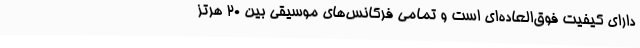
دارای کیفیت فوق‌العاده‌ای است و تمامی فرکانس‌های موسیقی بین ۲۰ هرتز